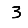
Digit: 3